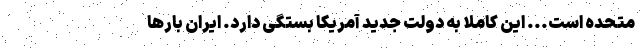
متحده است... این کاملا به دولت جدید آمریکا بستگی دارد. ایران بارها